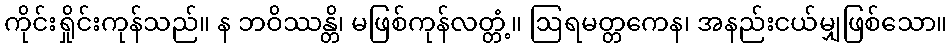
ကိုင်းရှိုင်းကုန်သည်။ န ဘဝိဿန္တိ၊ မဖြစ်ကုန်လတ္တံ့။ ဩရမတ္တကေန၊ အနည်းငယ်မျှဖြစ်သော။